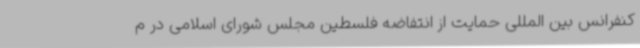
کنفرانس بین المللی حمایت از انتفاضه فلسطین مجلس شورای اسلامی در م